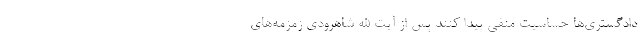
دادگستری‌ها حساسیت منفی پیدا کنند پس از آیت الله شاهرودی زمزمه‌های